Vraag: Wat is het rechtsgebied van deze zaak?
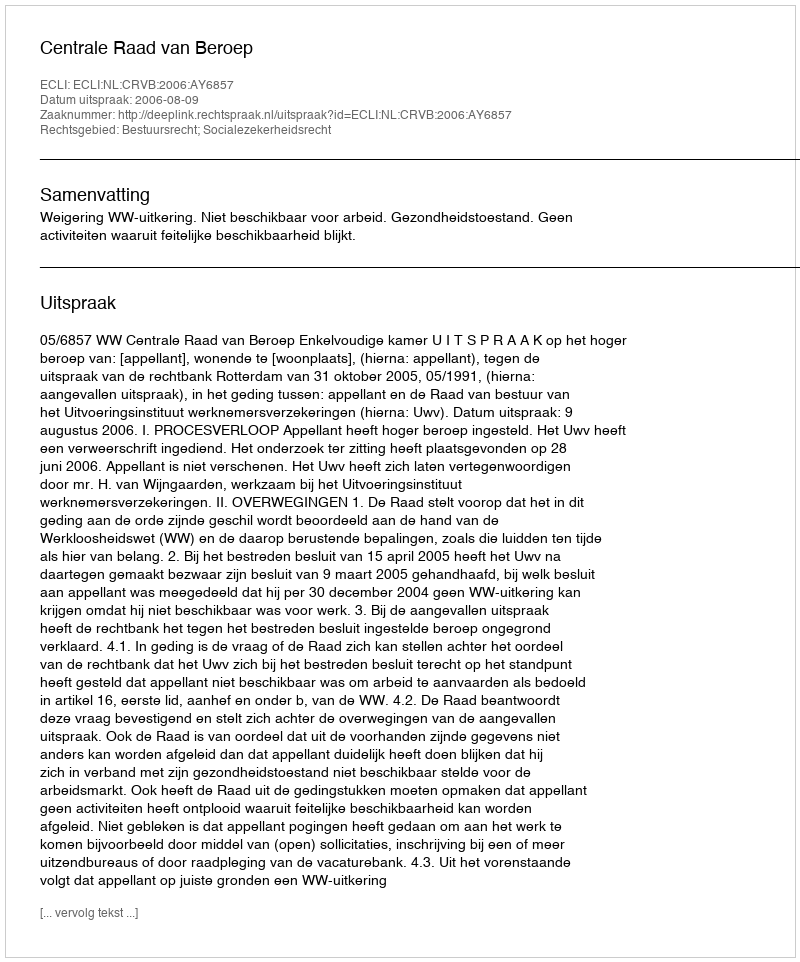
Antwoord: Bestuursrecht; Socialezekerheidsrecht